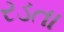
રડતા